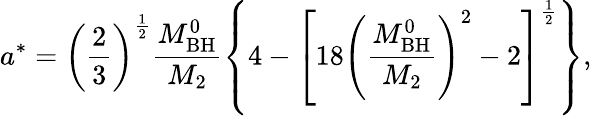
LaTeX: a^{*}=\left(\frac{2}{3}\right)^{\frac{1}{2}}\frac{M_{\mathrm{BH}}^{0}}{M_{\mathrm{2}}}\left\{ 4-\left[18\left(\frac{M_{\mathrm{BH}}^{0}}{M_{\mathrm{2}}}\right)^{2}-2\right]^{\frac{1}{2}}\right\} ,